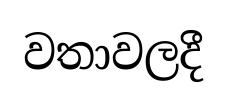
වතාවලදී